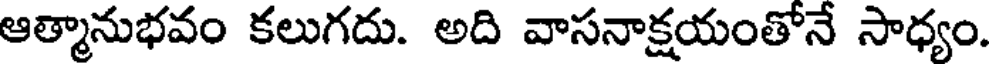
ఆత్మానుభవం కలుగదు. అది వాసనాక్షయంతోనే సాధ్యం.